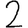
Digit: 2